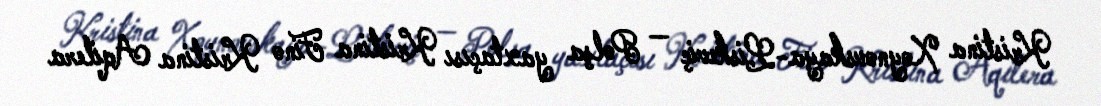
Kristina Xoynovskaya-Liskeviç — Polşa yaxtaçısı Kristina Fino Kristina Aqilera